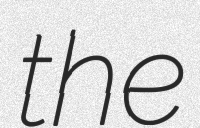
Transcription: the